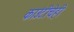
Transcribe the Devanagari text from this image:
काउंटीचेही